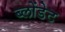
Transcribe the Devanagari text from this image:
ब्लोंडेट